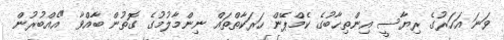
ވަނަ އަހަރުގެ ރިޔާސީ އިންތިޙާބުގެ ކެމްޕޭން ހަރަކާތްތައް ނިންމާލުމުގެ ގޮތުން ބާއްވާ "އެއްބުރުން